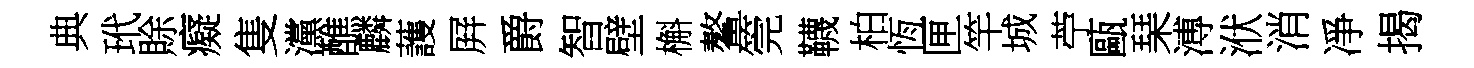
典玳賖癡隻灙醮麟䕶屛爵智壁槲鳌筦韈柏恆匣竿城苧甌琹溥洑消凈揭